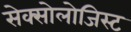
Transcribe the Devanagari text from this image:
सेक्सोलोजिस्ट